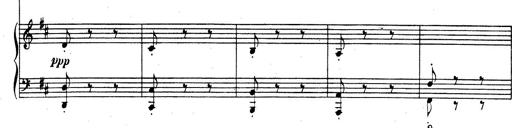
Title: Rhapsodie espagnole
Composer: Franz Liszt